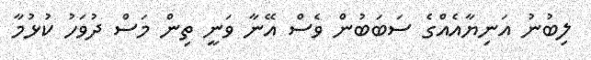
ލިބުނު އަނިޔާއެއްގެ ސަބަބުން ވެސް އޭނާ ވަނީ ތިން މަސް ދުވަހު ކުޅުމާ